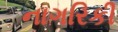
નાગરિકી